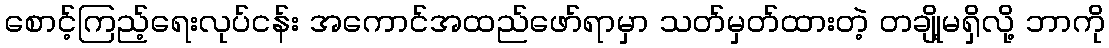
စောင့်ကြည့်ရေးလုပ်ငန်း အကောင်အထည်ဖော်ရာမှာ သတ်မှတ်ထားတဲ့ တချို့မရှိလို့ ဘာကို